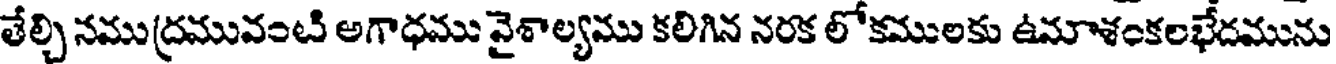
తేల్చి నముద్రమువంటి అగాధము వైశాల్యము కలిగిన నరక లోకములకు ఉమాశంకలభేదమును